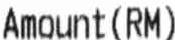
AMOUNT (RM)